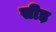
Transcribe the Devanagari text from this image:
सीड़